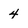
Character: 4